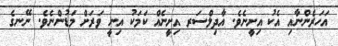
އަހަރެންނާއި އެކު އިށީނެވެ. އާދިލްސަރ އިށީނެއް ކަމަކު އިނީ ވަރަށް މަޑުންނެވެ. ނޭނގެ